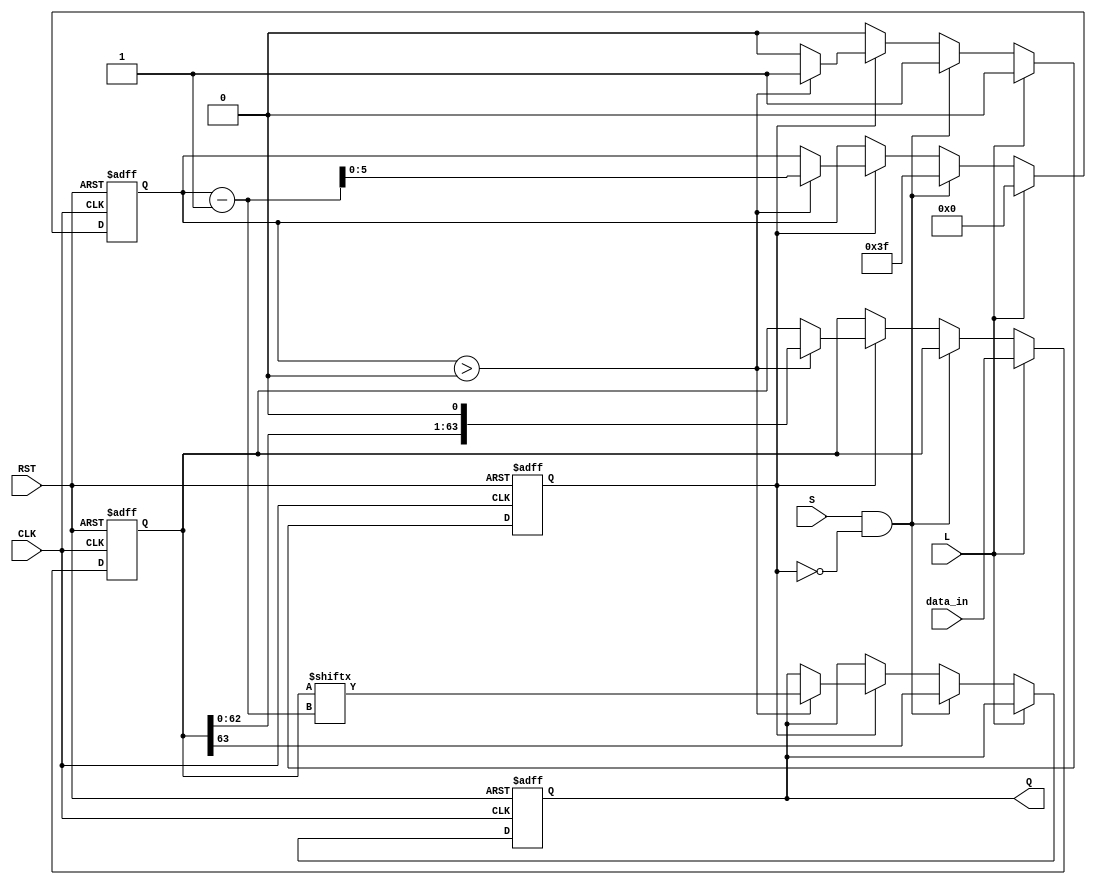
module PISO_Register (
    input wire [63:0] data_in,  // 64-bit parallel input data
    input wire L,                // Load control signal
    input wire S,                // Shift control signal
    input wire CLK,              // Clock signal
    input wire RST,              // Asynchronous reset signal
    output reg Q                 // Serial output
);

    reg [63:0] storage;          // Internal storage for the 64-bit data
    reg [5:0] shift_count;       // Counter to keep track of bits shifted out
    reg shifting;                // State flag to indicate if shifting is in progress

    // Asynchronous reset
    always @(posedge CLK or posedge RST) begin
        if (RST) begin
            storage <= 64'b0;     // Clear storage
            Q <= 1'b0;            // Reset output to low
            shift_count <= 6'b0;  // Reset shift counter
            shifting <= 1'b0;      // Reset shifting flag
        end else begin
            if (L) begin
                storage <= data_in; // Load data into storage on Load signal
                shifting <= 1'b0;    // Disable shifting
                shift_count <= 6'b0; // Reset shift counter
            end else if (S && !shifting) begin
                shifting <= 1'b1;    // Start shifting
                shift_count <= 6'd63; // Initialize shift counter to 63
                Q <= storage[63];    // Output the MSB first
            end else if (shifting) begin
                if (shift_count > 0) begin
                    Q <= storage[shift_count - 1]; // Shift out the next bit
                    storage <= {storage[62:0], 1'b0}; // Shift left in storage
                    shift_count <= shift_count - 1; // Decrement shift counter
                end else begin
                    shifting <= 1'b0;  // Stop shifting when all bits are shifted out
                end
            end
        end
    end

endmodule